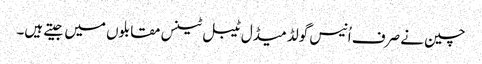
چین نے صرف اُنیس گولڈ میڈل ٹیبل ٹینس مقابلوں میں جیتے ہیں۔